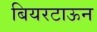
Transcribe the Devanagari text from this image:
बियरटाऊन